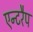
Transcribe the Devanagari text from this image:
एन्टरैप